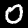
Digit: 0